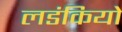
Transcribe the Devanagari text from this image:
लडंकियो